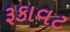
રૂકાવટ